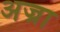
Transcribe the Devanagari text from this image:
अज्रा